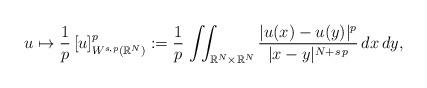
LaTeX: \begin{align*}u\mapsto \frac{1}{p}\,[u]_{W^{s,p}(\mathbb{R}^N)}^p:=\frac{1}{p}\,\iint_{\mathbb{R}^N\times\mathbb{R}^N} \frac{|u(x)-u(y)|^p}{|x-y|^{N+s\,p}}\,dx\,dy,\end{align*}